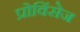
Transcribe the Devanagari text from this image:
प्रोविंसेज